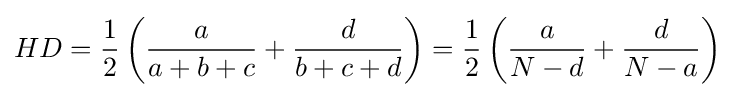
HD={\frac {1}{2}}\left({\frac {a}{a+b+c}}+{\frac {d}{b+c+d}}\right)={\frac {1}{2}}\left({\frac {a}{N-d}}+{\frac {d}{N-a}}\right)